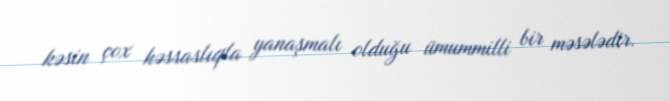
kəsin çox həssaslıqla yanaşmalı olduğu ümummilli bir məsələdir.